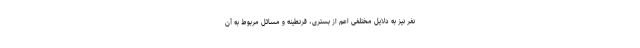
نفر نیز به دلایل مختلفی اعم از بستری، قرنطینه و مسائل مربوط به آن